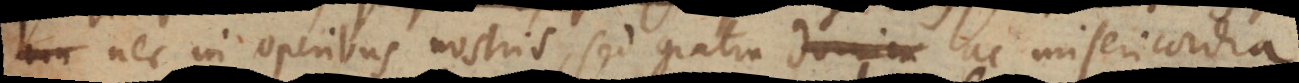
nec in operibus nostris sed gratia ac misericordia